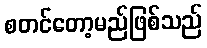
စတင်တော့မည်ဖြစ်သည်